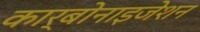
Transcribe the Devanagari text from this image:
कार्बोनाइजेशन